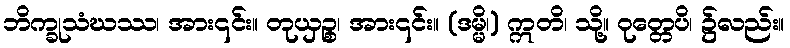
ဘိက္ခုသံဃဿ၊ အား၎င်း။ တုယှဉ္စ၊ အား၎င်း။ (ဒမ္မိ၊) ဣတိ၊ သို့။ ဝုတ္တေပိ၊ ၌လည်း။